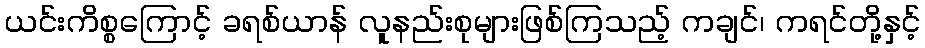
ယင်းကိစ္စကြောင့် ခရစ်ယာန် လူနည်းစုများဖြစ်ကြသည့် ကချင်၊ ကရင်တို့နှင့်